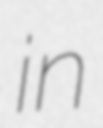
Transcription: in